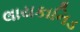
લાયકાનિડ